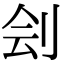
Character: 刽